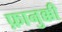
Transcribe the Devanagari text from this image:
फ़ानुक्की